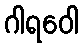
ဂါရဝေါ